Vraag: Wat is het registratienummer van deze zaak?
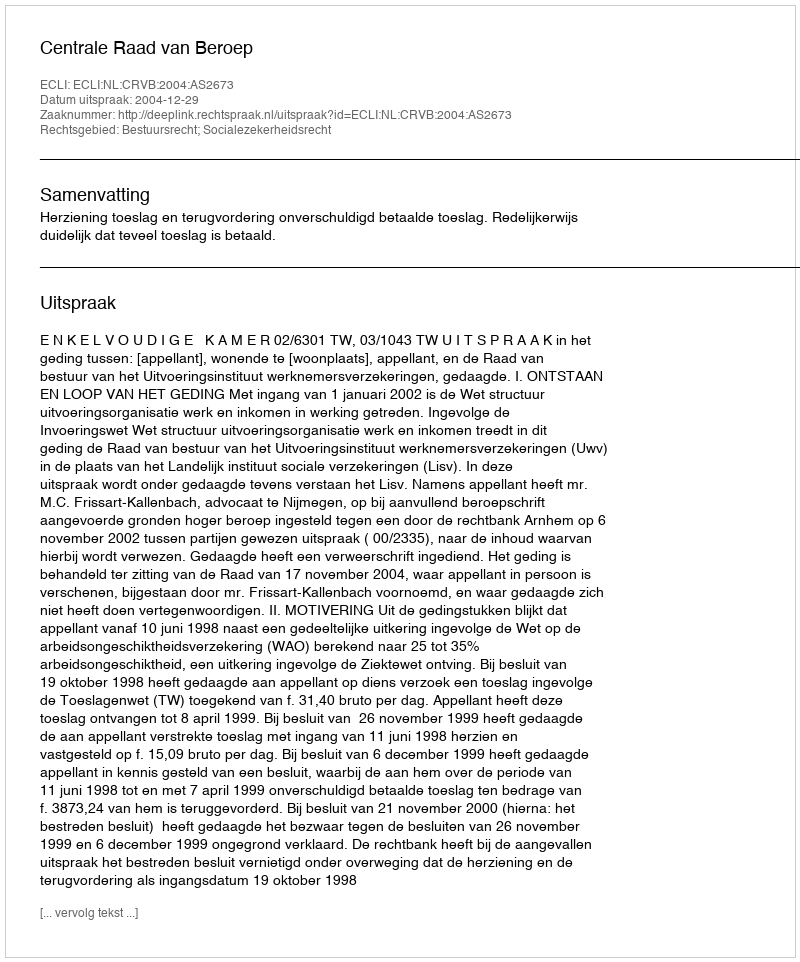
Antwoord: http://deeplink.rechtspraak.nl/uitspraak?id=ECLI:NL:CRVB:2004:AS2673